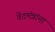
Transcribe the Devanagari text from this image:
वेदमंत्रांना